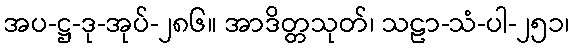
အပ-ဋ္ဌ-ဒု-အုပ်-၂၈၆။ အာဒိတ္တသုတ်၊ သဠာ-သံ-ပါ-၂၅၁၊